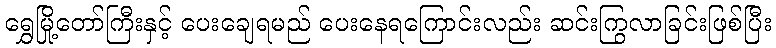
ရွှေမြို့တော်ကြီးနှင့် ပေးချေရမည် ပေးနေရကြောင်းလည်း ဆင်းကြွလာခြင်းဖြစ်ပြီး